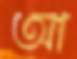
আ